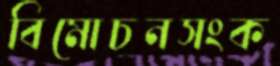
বিমোচনসংক